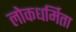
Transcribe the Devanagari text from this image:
लोकधर्मिता